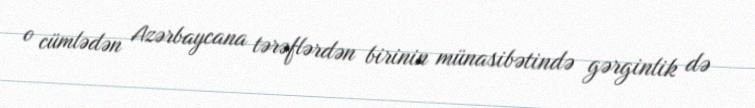
o cümlədən Azərbaycana tərəflərdən birinin münasibətində gərginlik də